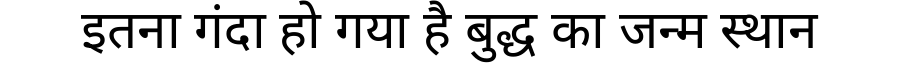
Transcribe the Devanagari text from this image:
इतना गंदा हो गया है बुद्ध का जन्म स्थान